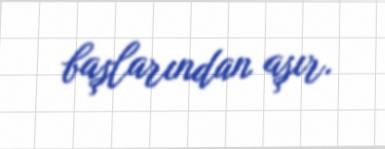
başlarından aşır.